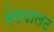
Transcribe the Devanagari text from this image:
रंगपालट